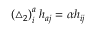
\left( \triangle _ { 2 } \right) _ { i } ^ { a } h _ { a j } = \alpha h _ { i j }